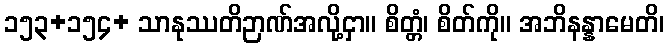
၁၅၃+၁၅၄+ သာနုဿတိဉာဏ်အလို့ငှာ။ စိတ္တံ၊ စိတ်ကို။ အဘိနန္နာမေတိ၊